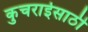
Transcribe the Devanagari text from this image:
कुचराईसाठी